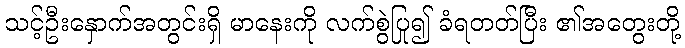
သင့်ဦးနှောက်အတွင်းရှိ မာနေးကို လက်စွဲပြု၍ ခံရတတ်ပြီး ၏အတွေးတို့